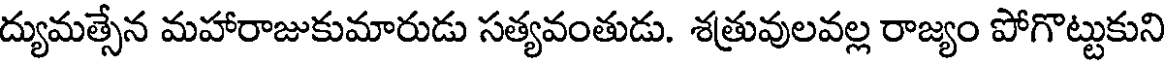
ద్యుమత్సేన మహారాజుకుమారుడు సత్యవంతుడు. శత్రువులవల్ల రాజ్యం పోగొట్టుకుని